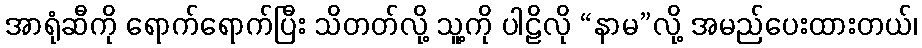
အာရုံဆီကို ရောက်ရောက်ပြီး သိတတ်လို့ သူ့ကို ပါဠိလို “နာမ”လို့ အမည်ပေးထားတယ်၊